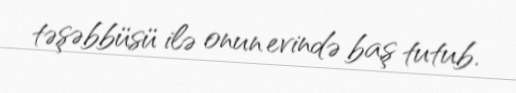
təşəbbüsü ilə onun evində baş tutub.